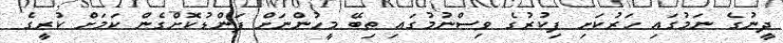
ދީނުގެ ނަމުގައި ހަރުކަށި ފިކުރުގެ ވިސްނުމުގައި ތިބޭ މީހުންނަށް ފަންޑުކޮށްގެން ކަމަށް ކުރީގެ